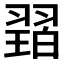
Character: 𱻠